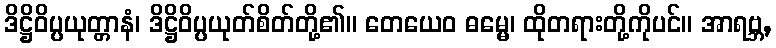
ဒိဋ္ဌိဝိပ္ပယုတ္တာနံ၊ ဒိဋ္ဌိဝိပ္ပယုတ်စိတ်တို့၏။ တေယေဝ ဓမ္မေ၊ ထိုတရားတို့ကိုပင်။ အာရဗ္ဘ,